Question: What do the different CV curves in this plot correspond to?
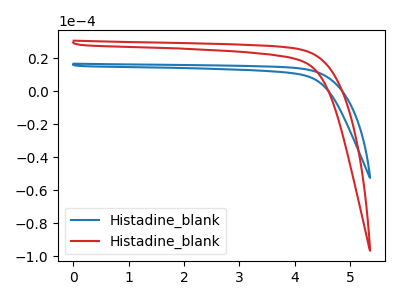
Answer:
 <answer>The blue curve is labeled "Histadine_blank1". The red curve is labeled "Histadine_blank2".</answer>
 <eval></eval>